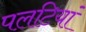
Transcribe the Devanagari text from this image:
पलटियां